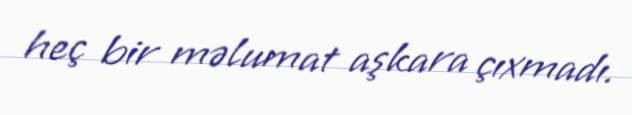
heç bir məlumat aşkara çıxmadı.